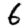
Digit: 6